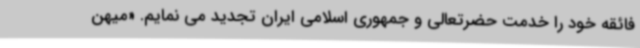
فائقه خود را خدمت حضرتعالی و جمهوری اسلامی ایران تجدید می نمایم. «میهن